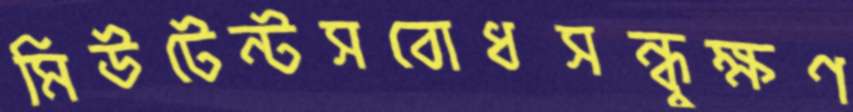
মিউটেন্টসবোধসন্ধুক্ষণ